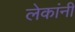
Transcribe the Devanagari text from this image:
लेकांनी